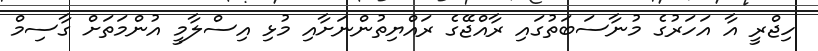
ހިޖްރީ އާ އަހަރުގެ މުނާސަބަތުގައި ރާއްޖޭގެ ރައްޔިތުންނަށާއި މުޅި އިސްލާމީ އުންމަތަށް ގާސިމް